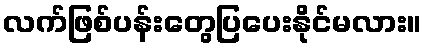
လက်ဖြစ်ပန်းတွေပြပေးနိုင်မလား။